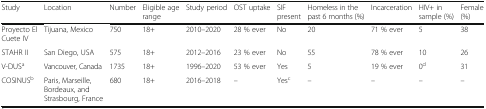
| Study | Location | Number | Eligible age range | Study period | OST uptake | SIF present | Homeless in the past 6 months (%) | Incarceration | HIV+ in sample (%) | Female (%) |
 | --- | --- | --- | --- | --- | --- | --- | --- | --- | --- | --- |
 | Proyecto El Cuete IV | Tijuana, Mexico | 750 | 18+ | 2010–2020 | 28 % ever | No | 20 | 71 % ever | 5 | 38 |
 | STAHR II | San Diego, USA | 575 | 18+ | 2012–2016 | 23 % ever | No | 55 | 78 % ever | 10 | 26 |
 | V-DUSa | Vancouver, Canada | 1735 | 18+ | 1996–2020 | 53 % ever | Yes | 5 | 19 % ever | 0d | 31 |
 | COSINUSb | Paris, Marseille, Bordeaux, and Strasbourg, France | 680 | 18+ | 2016–2018 | – | Yesc | – | – | – | – |